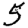
Digit: 5